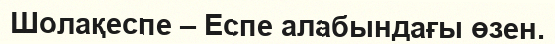
Шолақеспе – Еспе алабындағы өзен.